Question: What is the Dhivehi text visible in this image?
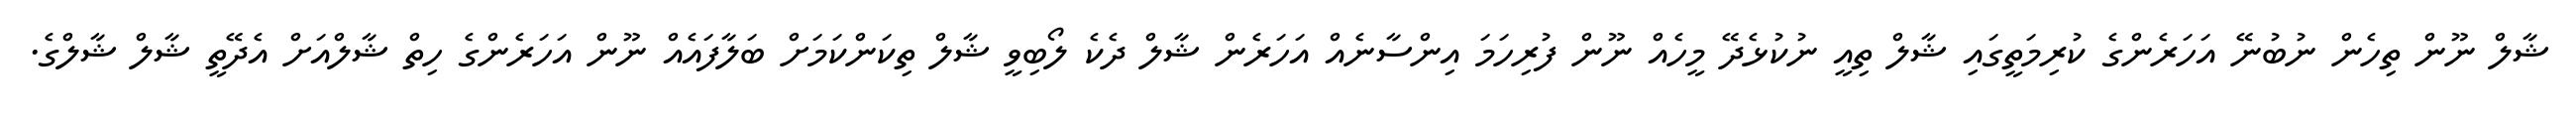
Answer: ޝާލް ނޫން ތިހެން ނުބުނޭ އަހަރެންގެ ކުރިމަތީގައި ޝާލް ތިއީ ނުކުޅެދޭ މީހެއް ނޫން ފުރިހަމަ އިންސާނެއް އަހަރެން ޝާލް ދެކެ ލޯބިވީ ޝާލް ތިކަންކަމަށް ބަލާފައެއް ނޫން އަހަރެންގެ ހިތް ޝާލްއަށް އެދޭތީ ޝާލް ޝާލްގެ.